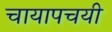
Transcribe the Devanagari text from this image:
चायापचयी